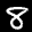
Label: 8